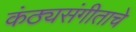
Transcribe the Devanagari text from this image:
कंठ्यसंगीताचे